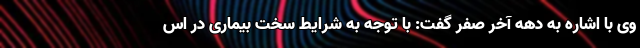
وی با اشاره به دهه آخر صفر گفت: با توجه به شرایط سخت بیماری در اس